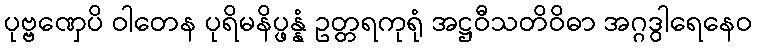
ပုဗ္ဗဏှေပိ ဝါတေန ပုရိမနိပ္ဖန္နံ ဥတ္တရကုရုံ အဋ္ဌဝီသတိဝိဓာ အဂ္ဂဒွါရေနေဝ